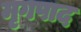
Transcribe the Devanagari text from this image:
मृगपाद